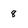
Character: 8